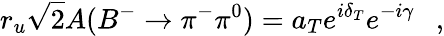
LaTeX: r_{u}\sqrt{2}A(B^{-}\to\pi^{-}\pi^{0})=a_{T}e^{i\delta_{T}}e^{-i\gamma}~~~,